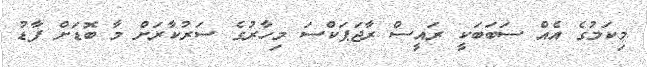
މިކަމުގެ އެއް ސަބަބަކީ ރައީސް ރާޖަޕަކްސަ މިހާރުގެ ސަރުކާރަށް މާ ބޮޑަށް ފާޑު